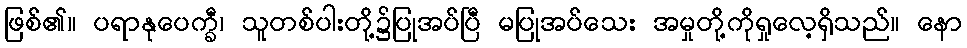
ဖြစ်၏။ ပရာနုပေက္ခီ၊ သူတစ်ပါးတို့၌ပြုအပ်ပြီ မပြုအပ်သေး အမှုတို့ကိုရှုလေ့ရှိသည်။ နော